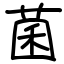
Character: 菌